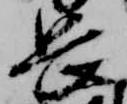
長